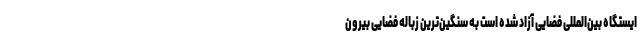
ایستگاه بین‌المللی فضایی آزاد شده است به سنگین‌ترین زباله فضایی بیرون